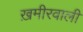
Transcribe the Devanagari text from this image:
ख़मीरवाली